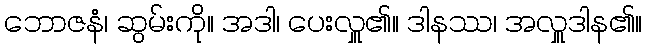
ဘောဇနံ၊ ဆွမ်းကို။ အဒါ၊ ပေးလှူ၏။ ဒါနဿ၊ အလှူဒါန၏။